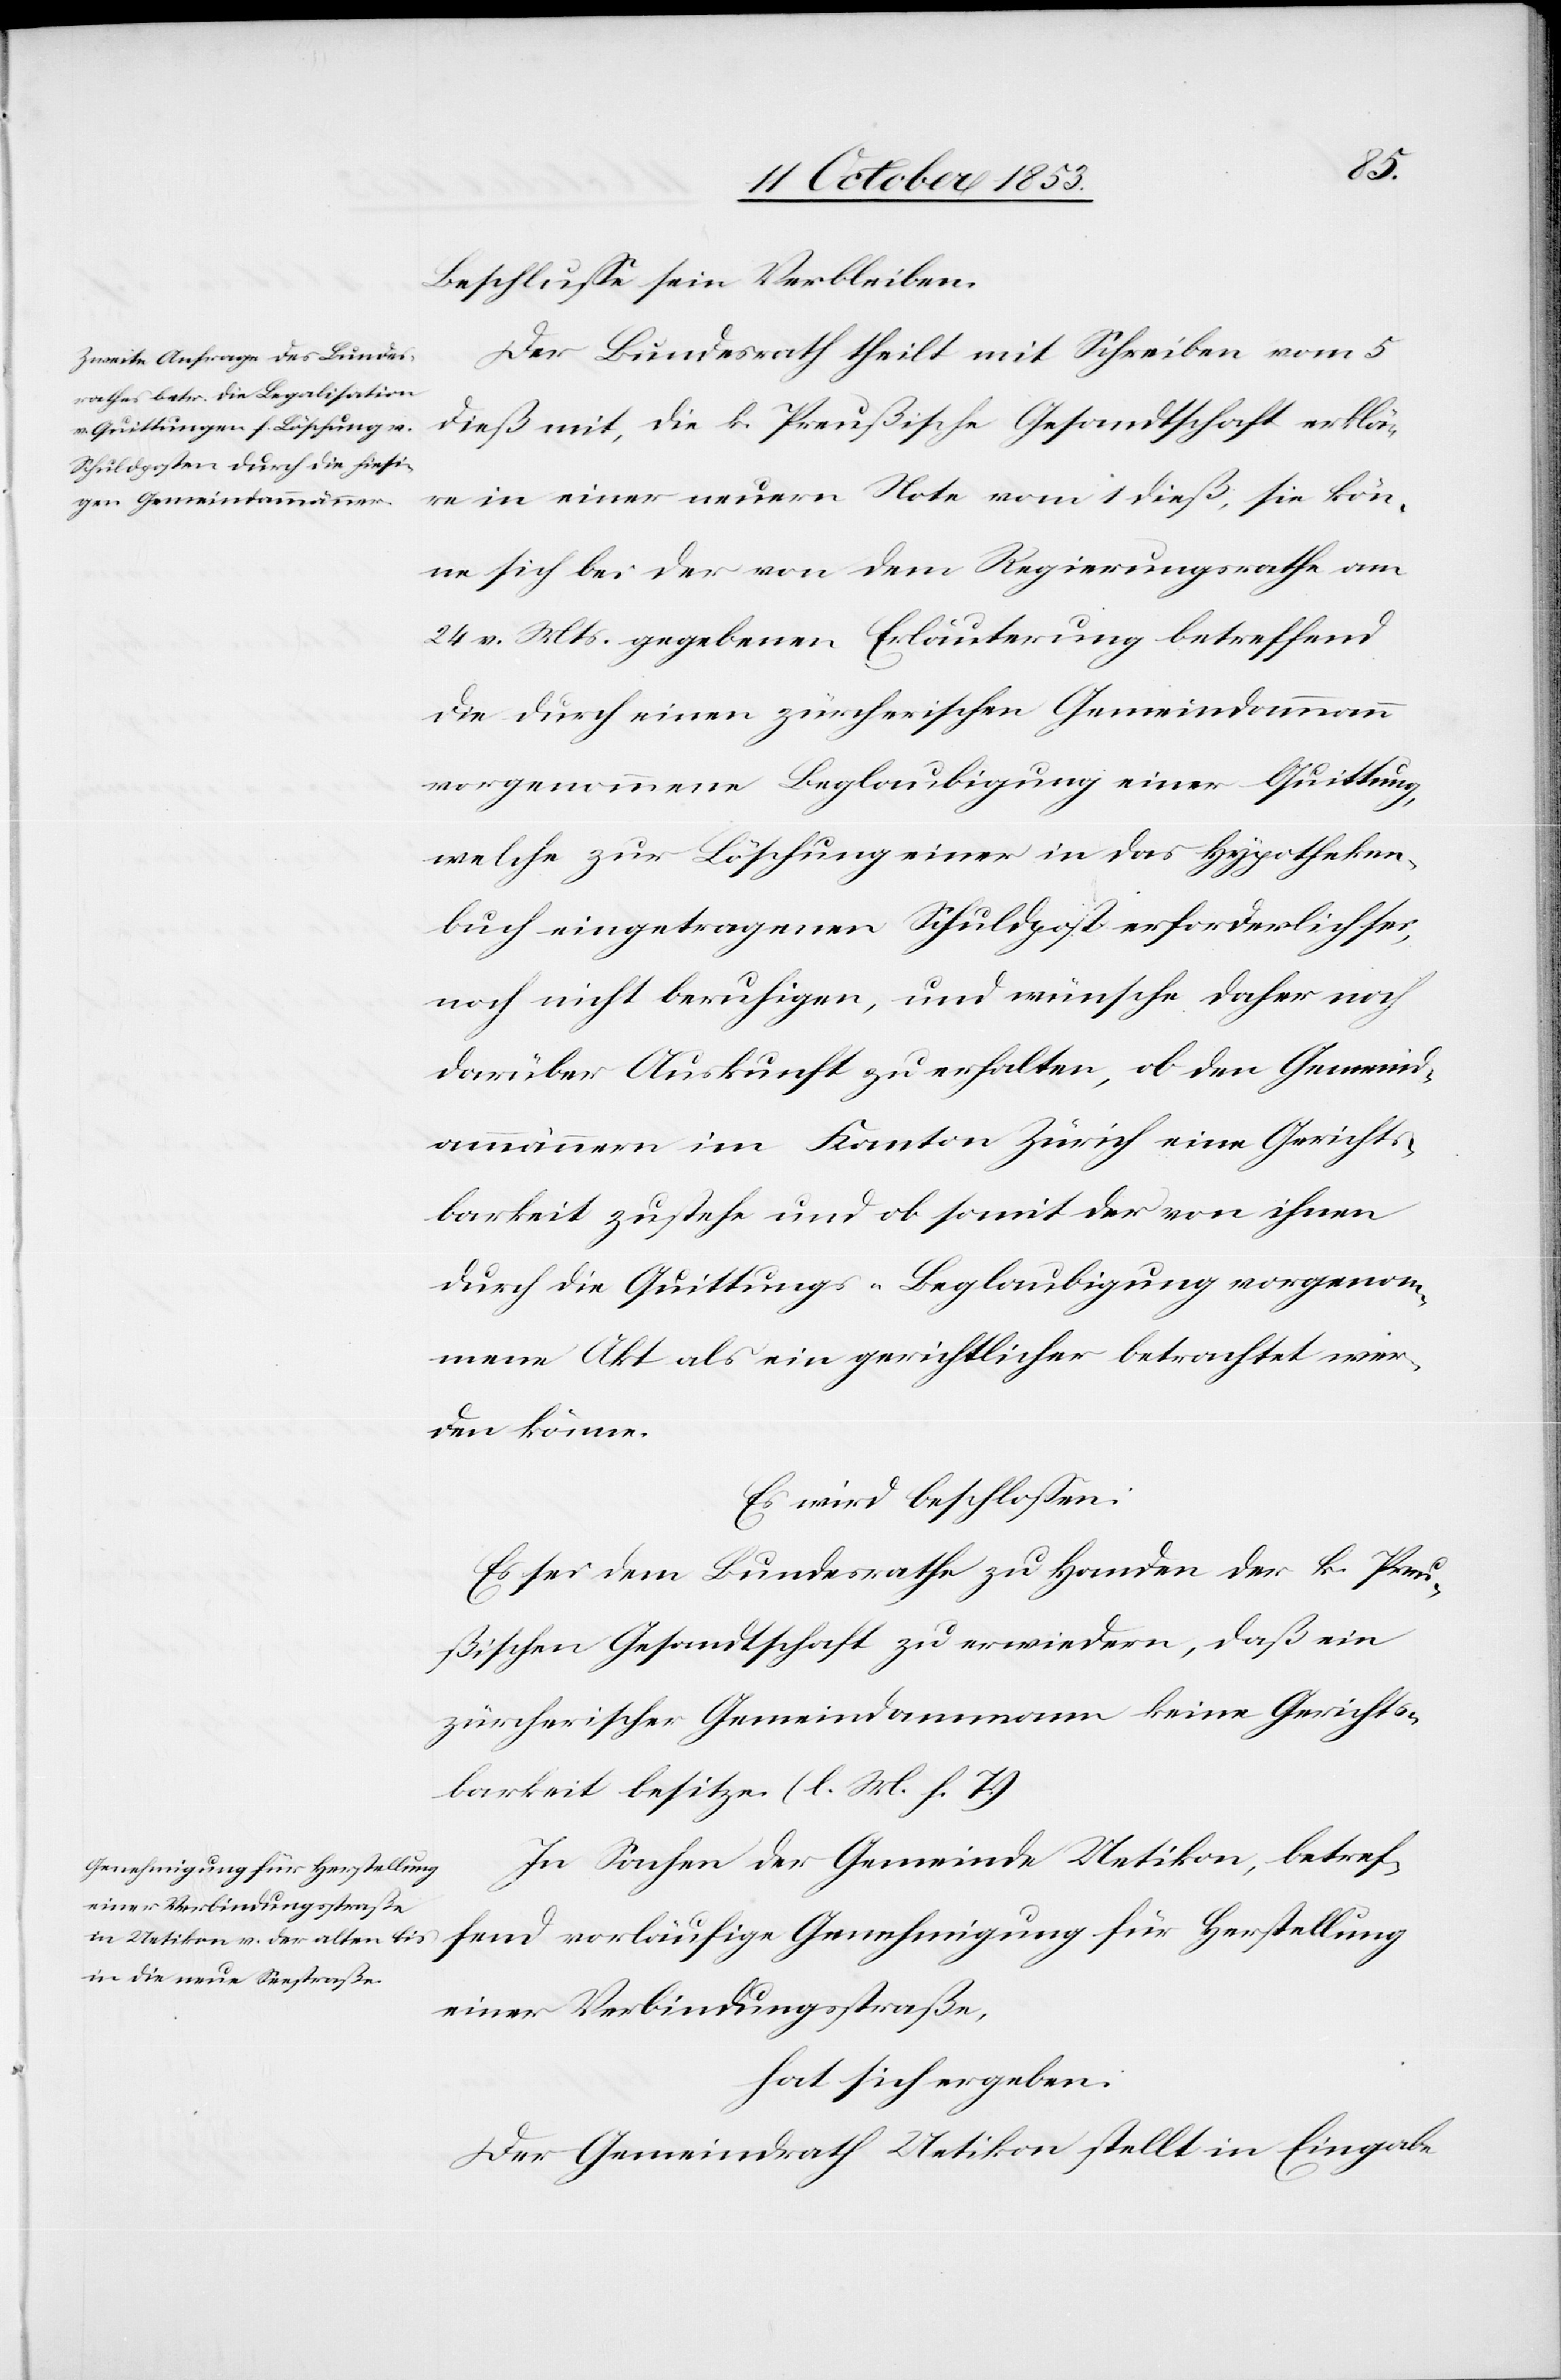
Beschluße sein Verbleiben.
Der Bundesrath theilt mit Schreiben vom 5
dieß mit, die k. Preußische Gesandtschaft erklä¬
re in einer neuen Note vom 1 dieß, sie kön¬
ne sich bei der von dem Regierungsrathe am
24 v. Mts. gegebenen Erläuterung betreffend
die durch einen zürcherischen Gemeindammann
vorgenommene Beglaubigung einer Quittung,
welche zur Löschung einer in das Hypotheken¬
buch eingetragenen Schuldpost erforderlich sei,
noch nicht beruhigen, und wünsche daher noch
darüber Auskunft zu erhalten, ob den Gemeind¬
ammännern im Kanton Zürich eine Gerichts¬
barkeit zustehe und ob somit der von ihnen
durch die Quittungs-Beglaubigung vorgenom¬
mene Akt als ein gerichtlicher betrachtet wer¬
den könne.
Es wird beschloßen:
Es sei dem Bundesrathe zu Handen der k. Preu¬
ßischen Gesandtschaft zu erwiedern, daß ein
zürcherischer Gemeindammann keine Gerichts¬
barkeit besitze. [l. M. h. T]
In Sachen der Gemeinde Uetikon, betref¬
fend vorläufige Genehmigung für Herstellung
einer Verbindungsstraße,
hat sich ergeben:
Der Gemeindrath Uetikon stellt in Eingabe